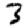
Digit: 3